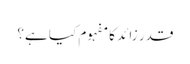
قدر زائد کا مفہوم کیا ہے؟